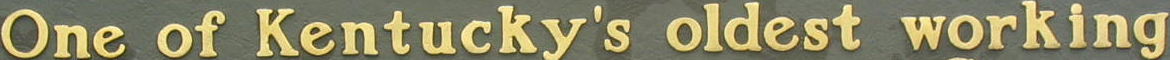
One of Kentucky's oldest working